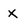
Character: x